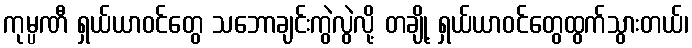
ကုမ္ပဏီ ရှယ်ယာဝင်တွေ သဘောချင်းကွဲလွဲလို့ တချို့ ရှယ်ယာဝင်တွေထွက်သွားတယ်၊